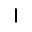
\vert